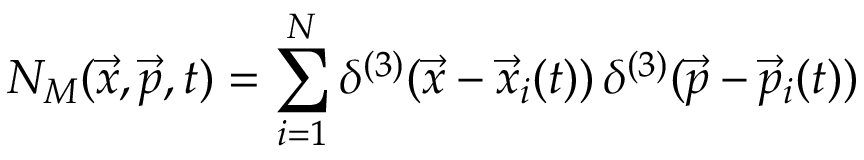
N _ { M } ( \vec { x } , \vec { p } , t ) = \sum _ { i = 1 } ^ { N } \delta ^ { ( 3 ) } ( \vec { x } - \vec { x } _ { i } ( t ) ) \, \delta ^ { ( 3 ) } ( \vec { p } - \vec { p } _ { i } ( t ) )